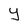
Character: Y